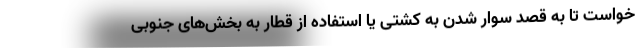
خواست تا به قصد سوار شدن به کشتی یا استفاده از قطار به بخش‌های جنوبی